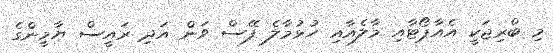
މި ބްރިޖަކީ އެއާޕޯޓާއި މާލެއާއި ހުޅުމާލެ ފޭސް ވަން އަދި ރައީސް ޔާމީންގެ